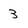
Character: 3